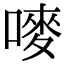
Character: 嘜